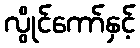
လွိုင်ကော်နှင့်